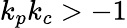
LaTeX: k_{p}k_{c}>-1